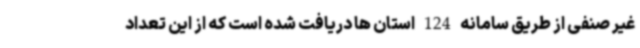
غیر صنفی از طریق سامانه 124 استان ها دریافت شده است که از این تعداد